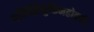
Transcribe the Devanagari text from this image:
यत्यिद्धिमुक्तिमहोदयं।